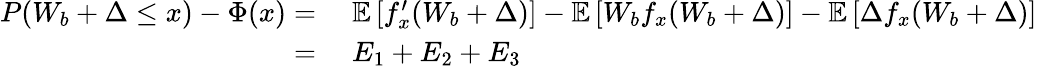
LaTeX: \begin{array}{rl}{P(W_{b}+\Delta\leq x)-\Phi(x)=\; }&{\mathbb{E}\left[f_{x}^{\prime}(W_{b}+\Delta)\right]-\mathbb{E}\left[W_{b}f_{x}(W_{b}+\Delta)\right]-\mathbb{E}\left[\Delta f_{x}(W_{b}+\Delta)\right]}\\ {=\; }&{E_{1}+E_{2}+E_{3}}\end{array}